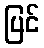
ပြင်